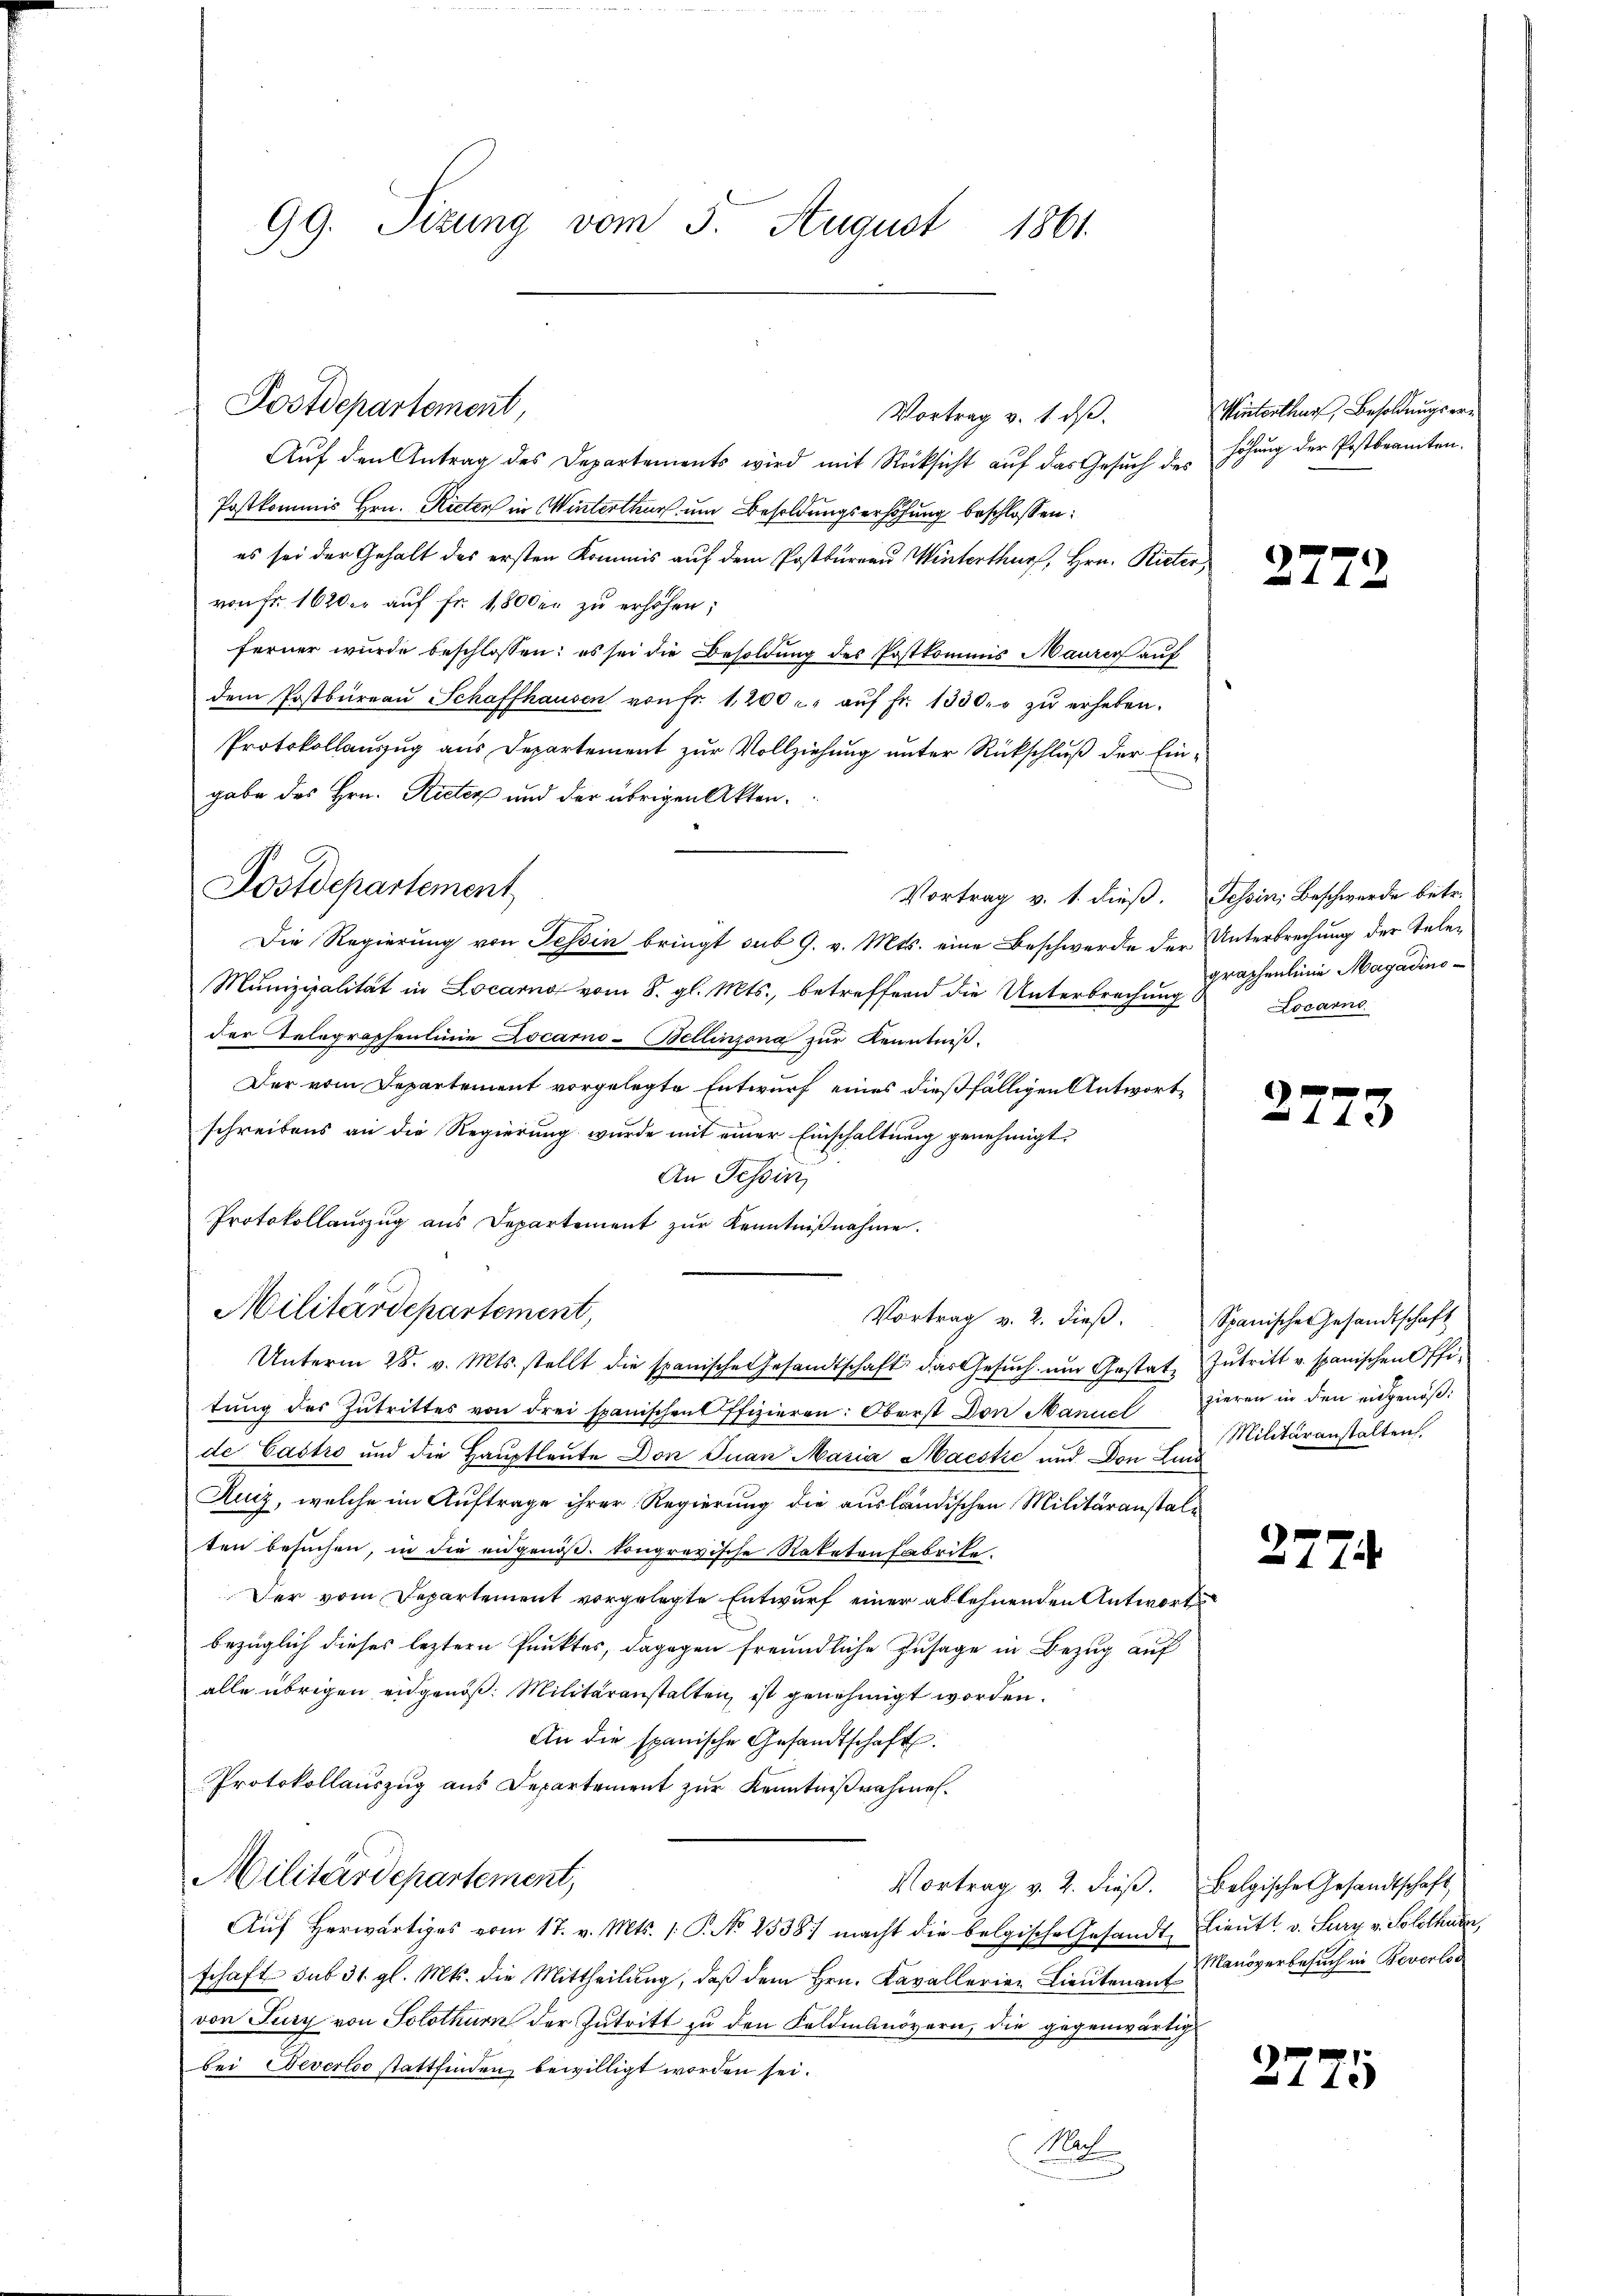
99. Sizung vom 5. August 1861.

Postdepartement,

Postdepartement

Vortrag v. 1. dß.
Aŭf den Antrag des Departements wird mit Rücksicht aŭf das Gesŭch des höhŭng der Postbeamten.
Postkommis Hrn. Rieten in Winterthur um Besoldungserhöhung beschlossen:
es sei der Gehalt des ersten Kommis auf dem Postbureau Winterthurf, Hrn. Rieter
von Fr. 1620, auf Fr. 1,800 er zu erhöhen;
ferner wurde beschlossen: es sei die Besoldung des Postkommis Maurer auf
dem Postbüreaŭ Schaffhausen von fr. 1200 u. aŭf fr. 1330. u zŭ erheben.
Protokollauszug aus Departement zur Vollziehung unter Rückschluß der Eingabe des Hrn. Rieter und der übrigen Akten.
Vortrag v. 1. dieß. Tessin, Beschwerde betr.
Die Regierung von Tessin bringt sub 9. v. Mts. eine Beschwerde der Unterbrechung der Tele¬
Munizipalität in Locarno vom 8. gl. Mts., betreffend die Unterbrechung graphenlinie Magadinoder Telegraphenlinie Locarno-Bellinzona zur Kenntniß.
Der vom Departement vorgelegte Entwurf eines dießfälligen Antwortschreibens an die Regierung wurde mit einer Einschaltung genehmigt.
An Tessin,
Protokollaŭszŭg aŭs Departement zŭr Kenntniβnahme.
Militärdepartement,
Vortrag v. 2. dieβ. Spanische Gesandtschaft
Unterm 28. v. Mts. stellt die spanische Gesandtschaft das Gesŭch ŭm Gestat- Zutritt v. spanischen Offitŭng des Zutrittes von drei spanischen Pfizieren: Oberst Don Manuel hieren in den eidgenöβ:
de Castro und die Hauptleute Don Juan Maria Maestie und Don Juni
Ruiz, welche im Auftrage ihrer Regierung die ausländischen Militäranstale
ten besuchen, in die eidgenöß. kongravische Raketenfabrike.
Der vom Departement vorgelegte Entwurf einer ablehnenden Antwortsbezüglich dieses leztern Punktes, dagegen freundliche Zusage in Bezug auf
alle übrigen eidgenöß: Militäranstalten, ist genehmigt worden.
An die spanische Gesandtschaft.
Protokollauszug aus Departement zur Kenntnißnahmen¬
Militärdepartement,
Vortrag v. 2. dieβ. Belgische Gesandtschaft,
Aŭf herwärtiges vom 17. v. Mts. 1. P. No 2538 macht die belgische Gesandt, Lieŭtt. v. Sury v. Solothurn,
schaft sub 31. gl. Mts. die Mittheilŭng, daβ dem Hrn. Kavallerien Lieŭtenant Banoverbesŭch in Beverlos
von Jury von Solothurn der Zutritt zu den Feldmanövern, die gegenwärtigt
bei Severloo stattfinden bewilligt worden sei.
Nat

Winterthur, Besoldungser¬

27

Locarno

27.

Militäranstalten.

27.

27.

2

1

3.